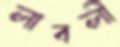
লাবলী